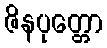
ဇိနပုတ္တော